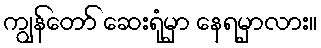
ကျွန်တော် ဆေးရုံမှာ နေရမှာလား။